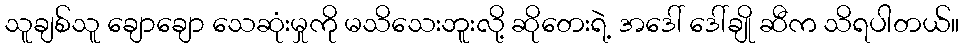
သူချစ်သူ ချောချော သေဆုံးမှုကို မသိသေးဘူးလို့ ဆိုတေးရဲ့ အဒေါ် ဒေါ်ချို ဆီက သိရပါတယ်။